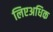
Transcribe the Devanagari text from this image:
लिएअधिक